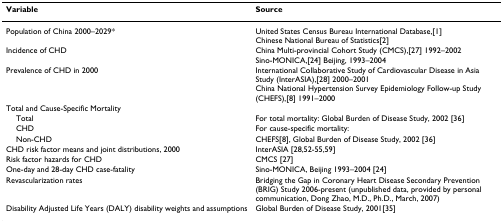
<table><thead><tr><td><b>Variable</b></td><td><b>Source</b></td></tr></thead><tbody><tr><td>Population of China 2000–2029*</td><td>United States Census Bureau International Database,[1]Chinese National Bureau of Statistics[2]</td></tr><tr><td>Incidence of CHD</td><td>China Multi-provincial Cohort Study (CMCS),[27] 1992–2002Sino-MONICA,[24] Beijing, 1993–2004</td></tr><tr><td>Prevalence of CHD in 2000</td><td>International Collaborative Study of Cardiovascular Disease in Asia Study (InterASIA),[28] 2000–2001China National Hypertension Survey Epidemiology Follow-up Study (CHEFS),[8] 1991–2000</td></tr><tr><td>Total and Cause-Specific Mortality</td><td></td></tr><tr><td> Total</td><td>For total mortality: Global Burden of Disease Study, 2002 [36]</td></tr><tr><td> CHD</td><td>For cause-specific mortality:</td></tr><tr><td> Non-CHD</td><td>CHEFS[8], Global Burden of Disease Study, 2002 [36]</td></tr><tr><td>CHD risk factor means and joint distributions, 2000</td><td>InterASIA [28,52-55,59]</td></tr><tr><td>Risk factor hazards for CHD</td><td>CMCS [27]</td></tr><tr><td>One-day and 28-day CHD case-fatality</td><td>Sino-MONICA, Beijing 1993–2004 [24]</td></tr><tr><td>Revascularization rates</td><td>Bridging the Gap in Coronary Heart Disease Secondary Prevention (BRIG) Study 2006-present (unpublished data, provided by personal communication, Dong Zhao, M.D., Ph.D., March, 2007)</td></tr><tr><td>Disability Adjusted Life Years (DALY) disability weights and assumptions</td><td>Global Burden of Disease Study, 2001[35]</td></tr></tbody></table>